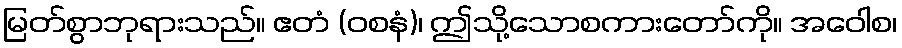
မြတ်စွာဘုရားသည်။ ဧတံ (ဝစနံ)၊ ဤသို့သောစကားတော်ကို။ အဝေါစ၊